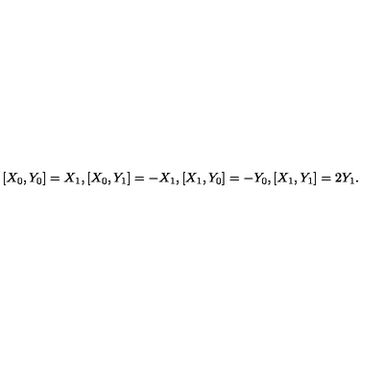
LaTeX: [ X _ { 0 } , Y _ { 0 } ] = X _ { 1 } , [ X _ { 0 } , Y _ { 1 } ] = - X _ { 1 } , [ X _ { 1 } , Y _ { 0 } ] = - Y _ { 0 } , [ X _ { 1 } , Y _ { 1 } ] = 2 Y _ { 1 } .